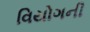
વિયોગની